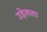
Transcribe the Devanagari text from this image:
उड़ेलता